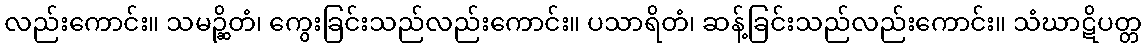
လည်းကောင်း။ သမဉ္ဆိတံ၊ ကွေးခြင်းသည်လည်းကောင်း။ ပသာရိတံ၊ ဆန့်ခြင်းသည်လည်းကောင်း။ သံဃာဋိပတ္တ